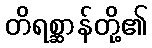
တိရစ္ဆာန်တို့၏